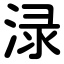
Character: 渌